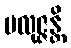
ပလုဇ္ဇန္တိ